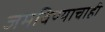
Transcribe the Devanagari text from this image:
जमविण्याचाही